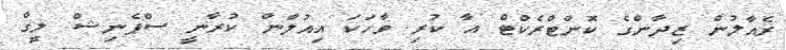
ރެއާލުން ޒިދާންގެ ކޮންޓްރެކްޓް އާ ކުރި ވާހަކަ އިއުލާން ކުރާނީ ސްޕެނިޝް ލީގް